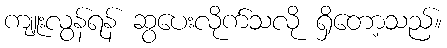
ကျူးလွန်ရန် ဆွပေးလိုက်သလို ရှိတော့သည်။